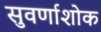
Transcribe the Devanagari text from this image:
सुवर्णाशोक